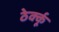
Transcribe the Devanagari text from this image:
ठेर्क्कू